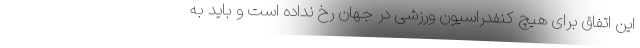
این اتفاق برای هیچ کنفدراسیون ورزشی در جهان رخ نداده است و باید به